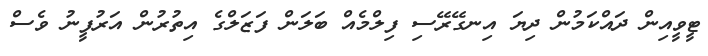
ޓީވީއިން ދައްކަމުން ދިޔަ އިނގޭރޭސި ފިލްމެއް ބަލަން ފަޒަލްގެ އިތުރުން އަރުފީނު ވެސް